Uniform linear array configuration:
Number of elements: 64
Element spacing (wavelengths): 0.75
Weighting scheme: cosine
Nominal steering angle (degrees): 0
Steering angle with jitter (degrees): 1.504
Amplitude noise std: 0.05
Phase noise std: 0.05

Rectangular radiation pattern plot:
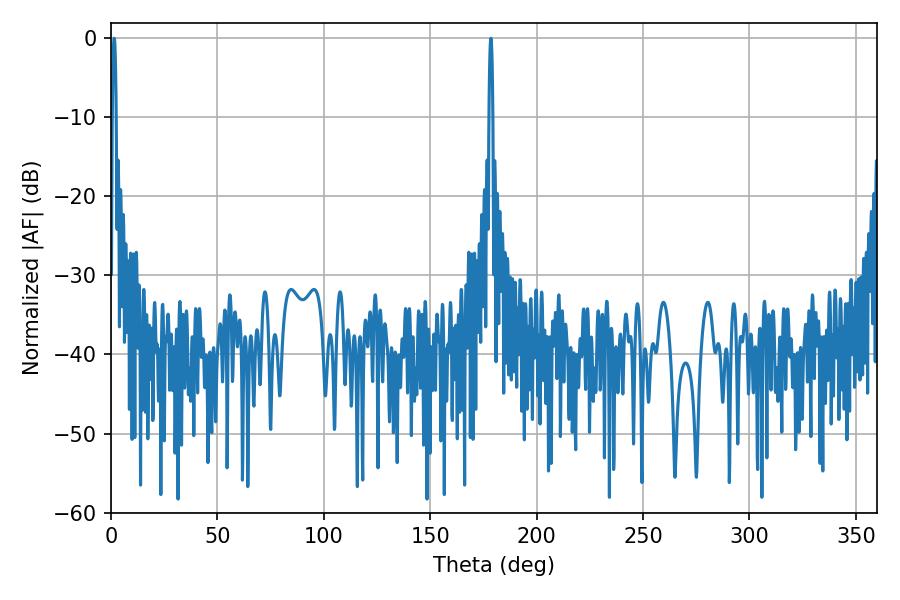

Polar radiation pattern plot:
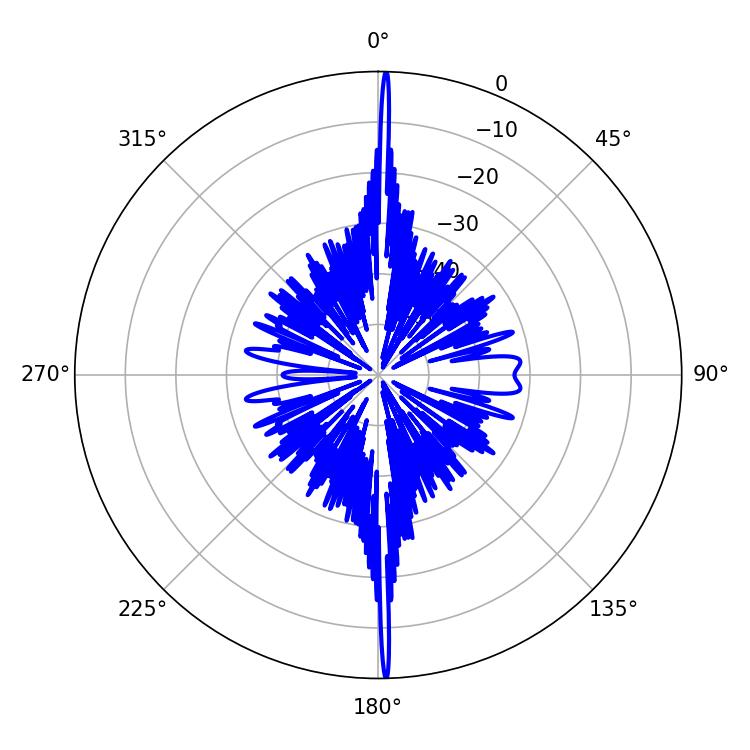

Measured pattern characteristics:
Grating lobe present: TRUE
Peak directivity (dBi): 32.067
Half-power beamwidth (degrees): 0.9
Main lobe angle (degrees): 1.44